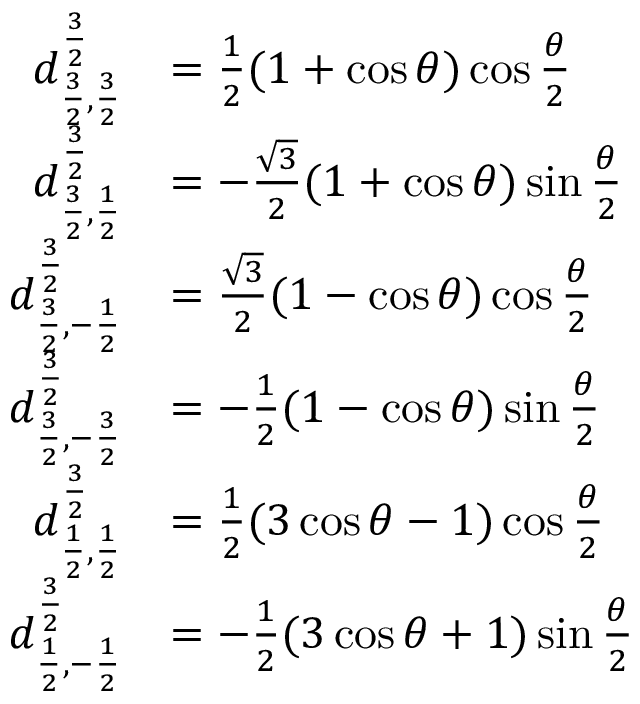
{ \begin{array} { r l } { d _ { { \frac { 3 } { 2 } } , { \frac { 3 } { 2 } } } ^ { \frac { 3 } { 2 } } } & { = { \frac { 1 } { 2 } } ( 1 + \cos \theta ) \cos { \frac { \theta } { 2 } } } \\ { d _ { { \frac { 3 } { 2 } } , { \frac { 1 } { 2 } } } ^ { \frac { 3 } { 2 } } } & { = - { \frac { \sqrt { 3 } } { 2 } } ( 1 + \cos \theta ) \sin { \frac { \theta } { 2 } } } \\ { d _ { { \frac { 3 } { 2 } } , - { \frac { 1 } { 2 } } } ^ { \frac { 3 } { 2 } } } & { = { \frac { \sqrt { 3 } } { 2 } } ( 1 - \cos \theta ) \cos { \frac { \theta } { 2 } } } \\ { d _ { { \frac { 3 } { 2 } } , - { \frac { 3 } { 2 } } } ^ { \frac { 3 } { 2 } } } & { = - { \frac { 1 } { 2 } } ( 1 - \cos \theta ) \sin { \frac { \theta } { 2 } } } \\ { d _ { { \frac { 1 } { 2 } } , { \frac { 1 } { 2 } } } ^ { \frac { 3 } { 2 } } } & { = { \frac { 1 } { 2 } } ( 3 \cos \theta - 1 ) \cos { \frac { \theta } { 2 } } } \\ { d _ { { \frac { 1 } { 2 } } , - { \frac { 1 } { 2 } } } ^ { \frac { 3 } { 2 } } } & { = - { \frac { 1 } { 2 } } ( 3 \cos \theta + 1 ) \sin { \frac { \theta } { 2 } } } \end{array} }